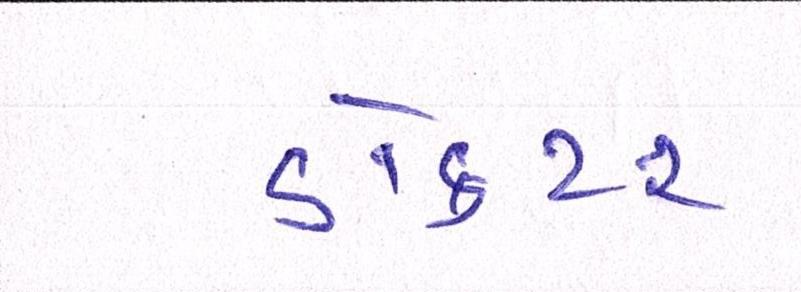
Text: ડૉક્ટર